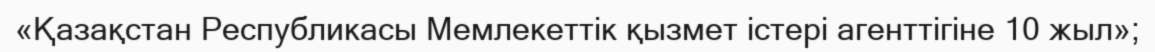
«Қазақстан Республикасы Мемлекеттік қызмет істері агенттігіне 10 жыл»;